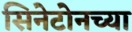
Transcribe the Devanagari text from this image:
सिनेटोनच्या